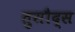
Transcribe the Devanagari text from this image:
तुसौद्स